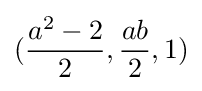
({\frac {a^{2}-2}{2}},{\frac {ab}{2}},1)